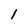
Character: I